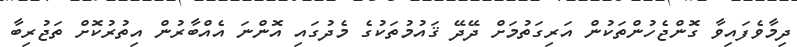
ދިމާވެފައިވާ ގޮންޖެހުންތަކުން އަރިގަތުމަށް ދޭދޭ ޤައުމުތަކުގެ މެދުގައި އޮންނަ އެއްބާރުން އިތުރުކޮށް ތަޖުރިބާ